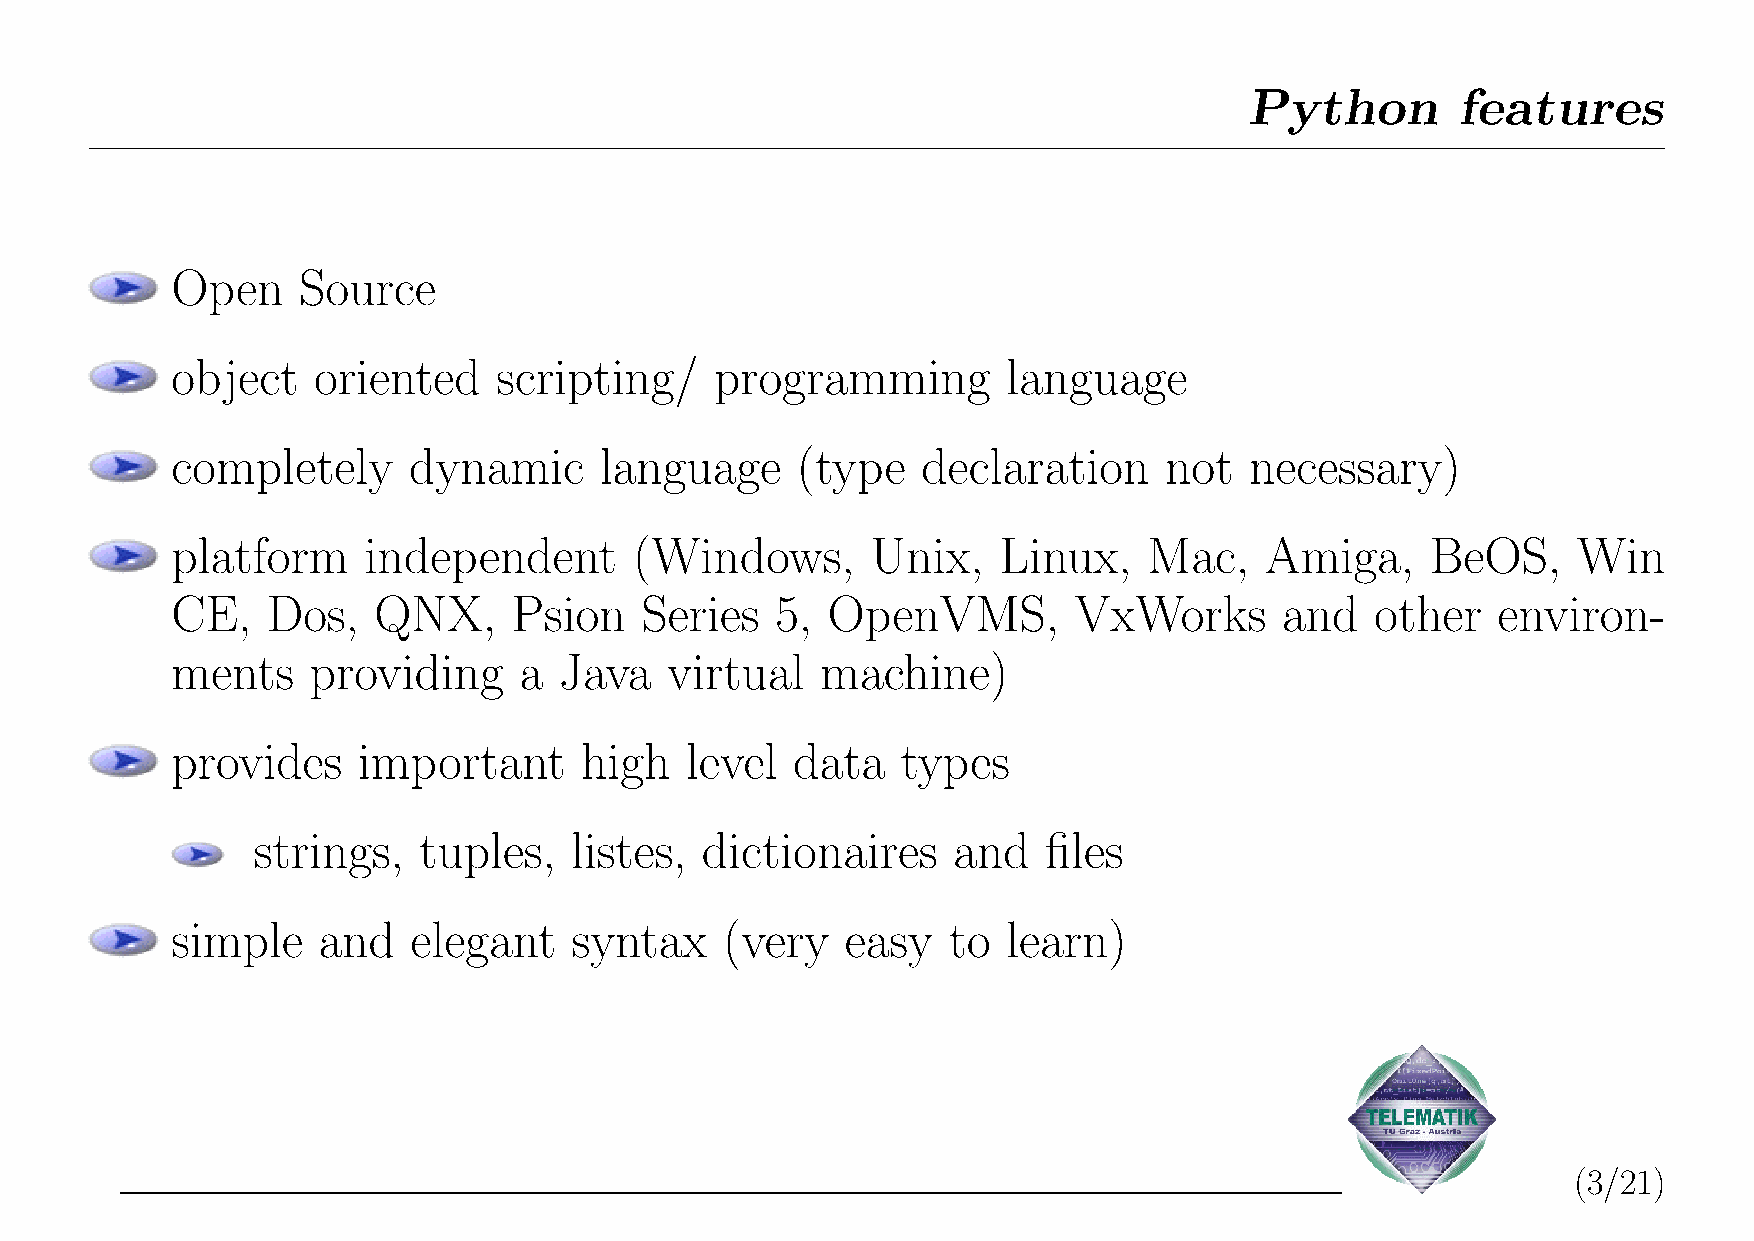
Python        features
 Open     Source
 object    oriented    scripting/    programming         language
 completely      dynamic      language     (type   declaration     not   necessary)
 platform     independent       (Windows,       Unix,   Linux,    Mac,    Amiga,     BeOS,    Win
 CE,    Dos,   QNX,     Psion   Series   5,  OpenVMS,        VxWorks       and   other   environ-
 ments    providing     a  Java   virtual   machine)
 provides     important     high   level   data   types
 strings,   tuples,   listes, dictionaires     and   files
 simple    and   elegant    syntax    (very   easy   to  learn)
 (3/21)